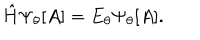
LaTeX: { \hat { H } } \Psi _ { \theta } [ A ] = E _ { \theta } \Psi _ { \theta } [ A ] .